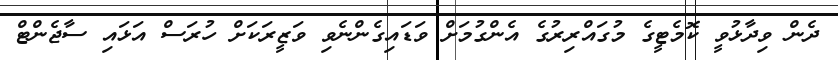
ދެން ވިދާޅުވީ ކޮމެޓީގެ މުގައްރިރުގެ އެންގުމަށް ވަޑައިގެންނެވި ވަޒީރަކަށް ހުރަސް އަޅައި ސާޖެންޓް